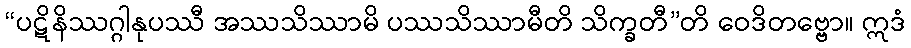
“ပဋိနိဿဂ္ဂါနုပဿီ အဿသိဿာမိ ပဿသိဿာမီတိ သိက္ခတီ”တိ ဝေဒိတဗ္ဗော။ ဣဒံ